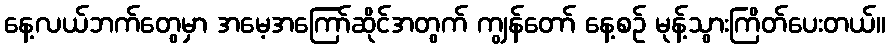
နေ့လယ်ဘက်တွေမှာ အမေ့အကြော်ဆိုင်အတွက် ကျွန်တော် နေ့စဉ် မုန့်သွားကြိတ်ပေးတယ်။